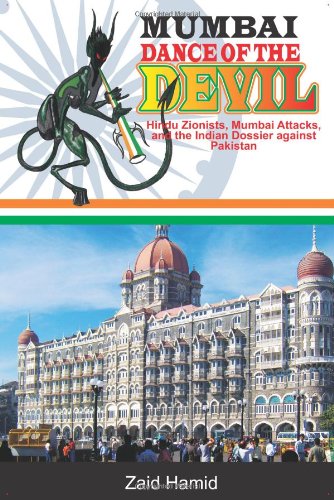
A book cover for MUMBAI - DANCE OF THE DEVIL - Hindu Zionist - Mumbai Attacks And The  Indian Dossier Against Pakistan; Zaid Hamid; Travel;